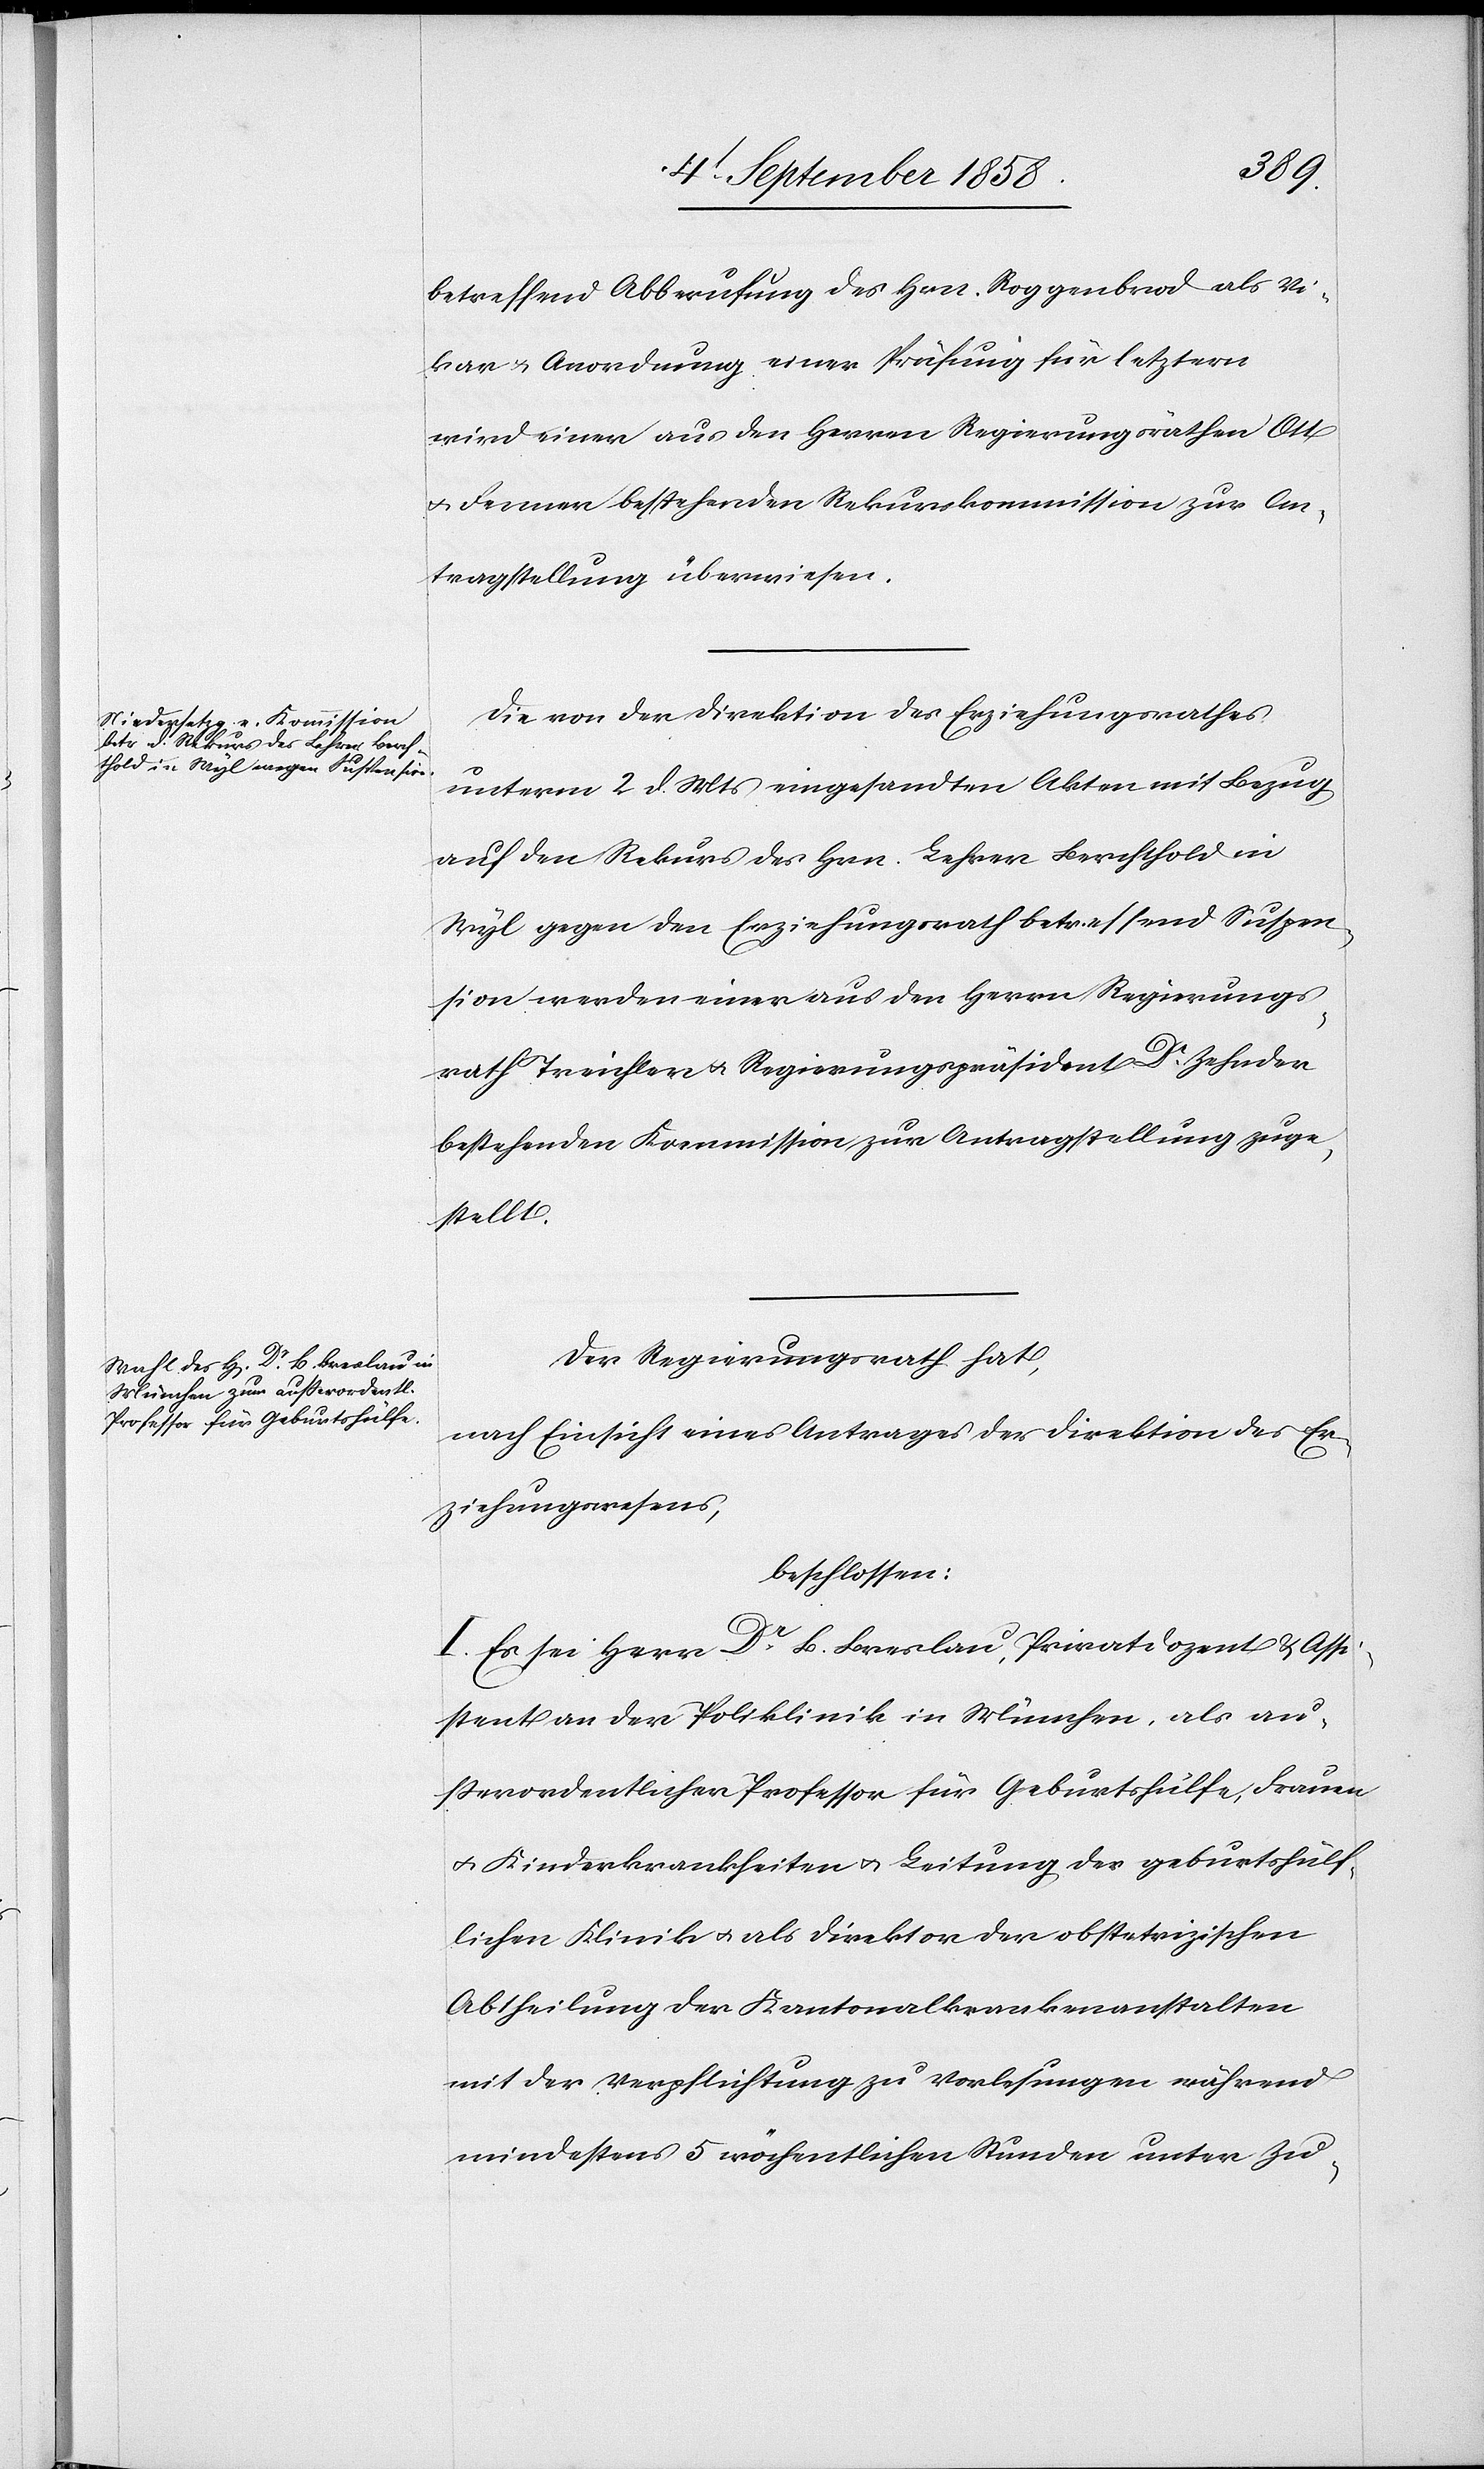
betreffend Abberufung des Hrn. Roggenbrod als Vi¬
kar & Anordnung einer Prüfung für letztern
wird einer aus den Herren Regierungsräthen Ott
& Fenner bestehenden Rekurskommission zur An¬
tragstellung überwiesen.
Die von der Direktion des Erziehungsrathes
unterm 2 d. Mts eingesandten Akten mit Bezug
auf den Rekurs des Hrn. Lehrer Berchthold in
Wyl gegen den Erziehungsrath betreffend Suspen¬
sion werden einer aus den Herrn Regierungs¬
rath Treichler & Regierungspräsident Dr. Zehnder
bestehenden Kommission zur Antragstellung zuge¬
stellt.
Der Regierungsrath hat,
nach Einsicht eines Antrages der Direktion des Er¬
ziehungswesens,
beschlossen:
I. Es sei Herr Dr B. Breslau, Privatdozent & Assi¬
stent an der Poliklinik in München, als au¬
ßerordentlicher Professor für Geburtshülfe, Frauen[-]
& Kinderkrankheiten & Leitung der geburtshülf¬
lichen Klinik & als Direktor der obstetrizischen
Abtheilung der Kantonalkrankenanstalten
mit der Verpflichtung zu Vorlesungen während
mindestens 5 wöchentlichen Stunden unter Zu-